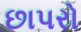
છાપરો